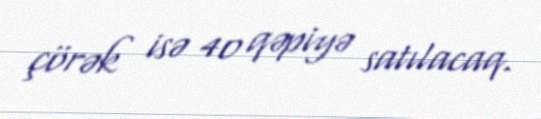
çörək isə 40 qəpiyə satılacaq.